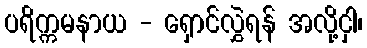
ပရိက္ကမနာယ - ရှောင်လွှဲရန် အလို့ငှါ၊